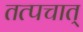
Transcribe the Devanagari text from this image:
तत्पचात्